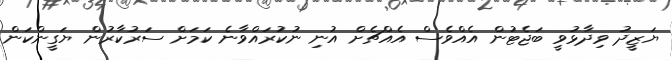
ޔަޒީދު ވިދާޅުވީ ބަޖެޓުން އެއްވެސް އެއްޗެށް އުނި ނުކުރައްވާނެ ކަމަށް ސަރުކާރުން ޔަގީންކަން